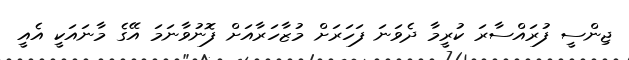
ޖިންސީ ފުރައްސާރަ ކުރީމާ ދެވަނަ ފަހަރަށް މުޒާހަރާއަށް ފޮނުވާނަމަ އޭގެ މާނައަކީ އެއީ